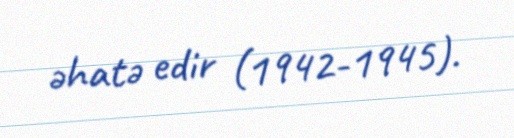
əhatə edir (1942-1945).